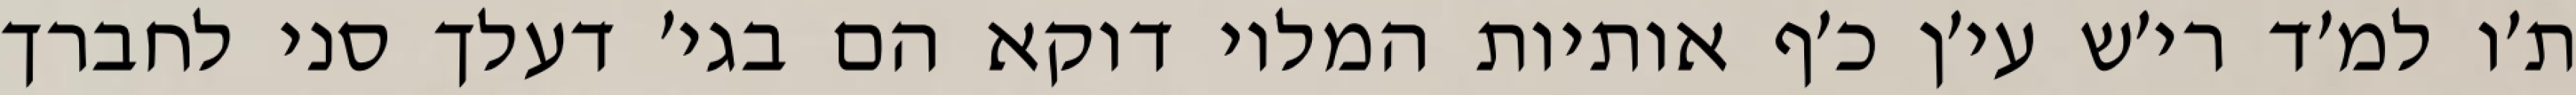
ת׳ו למ׳ד רי׳ש עי׳ן כ׳ף אותיות המלוי דוקא הם בגי׳ דעלך סני לחברך